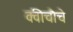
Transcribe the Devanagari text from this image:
क्वीचौचे